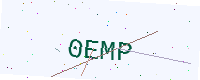
Text: 0EMP